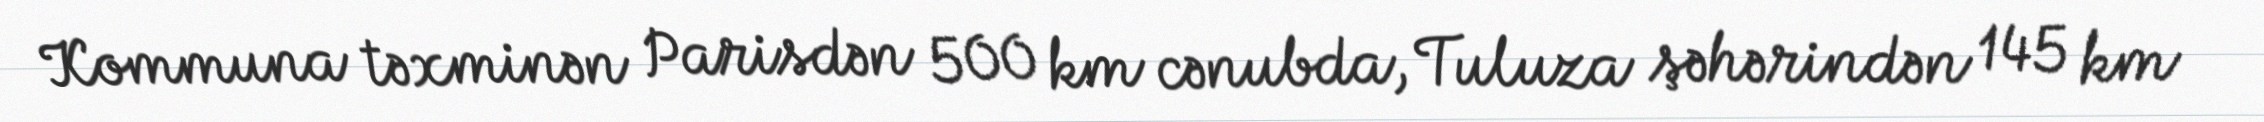
Kommuna təxminən Parisdən 500 km cənubda, Tuluza şəhərindən 145 km